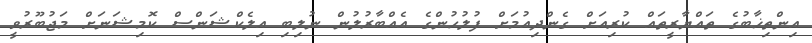
އިންތިޚާބުގެ ތައްޔާރީތައް ކުރިއަށް ގެންދިއުމަށް ފުލުހުންގެ އެއްބާރުލުން ނުލިބި އިލެކްޝަންސް ކޮމިޝަނަށް މަޖުބޫރުވީ